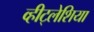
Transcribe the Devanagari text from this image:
व्हीट्लेशिया